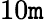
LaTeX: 10\mathtt{m}